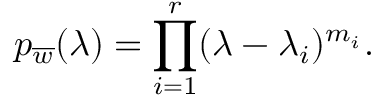
p _ { \overline { { { w } } } } ( \lambda ) = \prod _ { i = 1 } ^ { r } ( \lambda - \lambda _ { i } ) ^ { m _ { i } } .